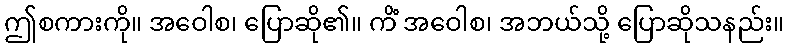
ဤစကားကို။ အဝေါစ၊ ပြောဆို၏။ ကိံ အဝေါစ၊ အဘယ်သို့ ပြောဆိုသနည်း။